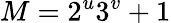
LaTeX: M=2^{u}3^{v}+1